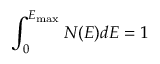
\int _ { 0 } ^ { E _ { \mathrm { { m a x } } } } N ( E ) d E = 1